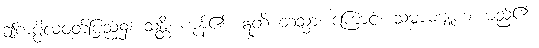
ဤကပ္ပိလဝတ်ပြည်၌။ သန္တိ၊ ကုန်၏။ ဣတိ တသ္မာ၊ ကြောင့်။ သမ္ဗာဓဗျူဟံ၊ မည်၏။